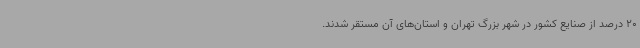
20 درصد از صنایع کشور در شهر بزرگ تهران و استان‌های آن مستقر شدند.